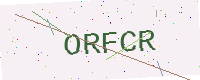
Text: ORFCR